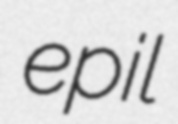
epil